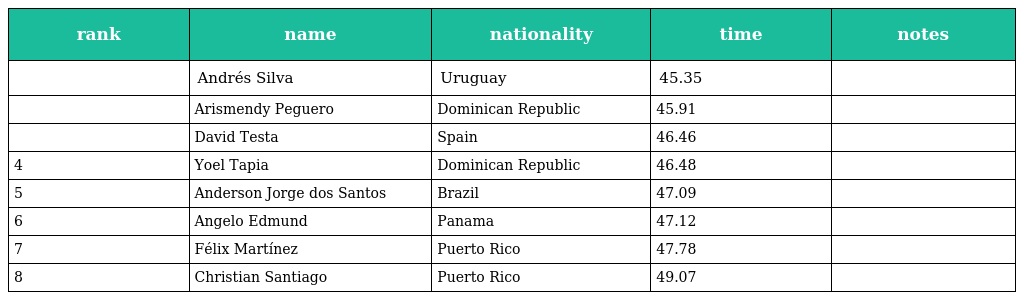
| rank | name | nationality | time | notes |
 | --- | --- | --- | --- | --- |
 |  | Andrés Silva | Uruguay | 45.35 |  |
 |  | Arismendy Peguero | Dominican Republic | 45.91 |  |
 |  | David Testa | Spain | 46.46 |  |
 | 4 | Yoel Tapia | Dominican Republic | 46.48 |  |
 | 5 | Anderson Jorge dos Santos | Brazil | 47.09 |  |
 | 6 | Angelo Edmund | Panama | 47.12 |  |
 | 7 | Félix Martínez | Puerto Rico | 47.78 |  |
 | 8 | Christian Santiago | Puerto Rico | 49.07 |  |